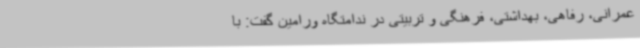
عمرانی، رفاهی، بهداشتی، فرهنگی و تربیتی در ندامتگاه ورامین گفت: با